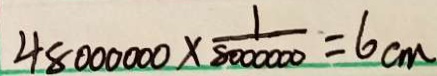
4 8 0 0 0 0 0 0 \times \frac { 1 } { 8 0 0 0 0 0 0 } = 6 c m